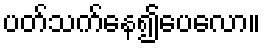
ပတ်သက်နေ၍ပေလော။